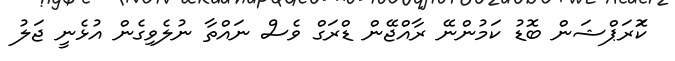
ކޮަރަޕްޝަން ބޮޑު ކަމުންނޭ ރާއްޖޭން ޑްރަގް ވެސް ނައްތާ ނުލެވިގެން އުޅެނީ ޖަލު